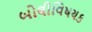
બોલીવિષયક